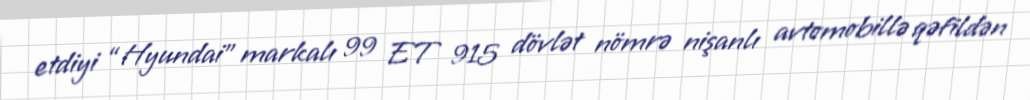
etdiyi “Hyundai” markalı 99 ET 915 dövlət nömrə nişanlı avtomobillə qəfildən